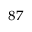
{ } ^ { 8 7 }